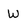
Character: W